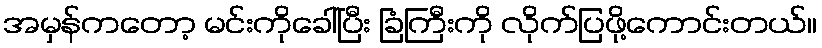
အမှန်ကတော့ မင်းကိုခေါ်ပြီး ခြံကြီးကို လိုက်ပြဖို့ကောင်းတယ်။